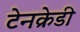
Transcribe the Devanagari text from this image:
टेनक्रेडी